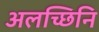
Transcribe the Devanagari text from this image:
अलच्छिनि